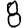
Digit: 8